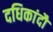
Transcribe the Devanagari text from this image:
दधिकांदौ